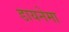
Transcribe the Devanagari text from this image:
डायनेमा